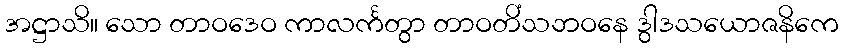
အဋ္ဌာသိ။ သော တာဝဒေဝ ကာလင်္ကတွာ တာဝတိံသဘဝနေ ဒွါဒသယောဇနိကေ